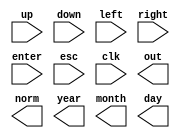
`timescale 1ns / 1ps
//////////////////////////////////////////////////////////////////////////////////
// Company: 
// Engineer: 
// 
// Design Name: 
// Module Name:    clock 
// Project Name: 
// Target Devices: 
// Tool versions: 
// Description: 
//
// Dependencies: 
//
// Revision: 
// Revision 0.01 - File Created
// Additional Comments: 
//
//////////////////////////////////////////////////////////////////////////////////
module clock(
    input up,
    input down,
    input left,
    input right,
    input enter,
    input esc,
    input clk,
    output [0:0] out,
    output norm,
    output [6:0] year,
    output [6:0] month,
    output [6:0] day
    );


endmodule